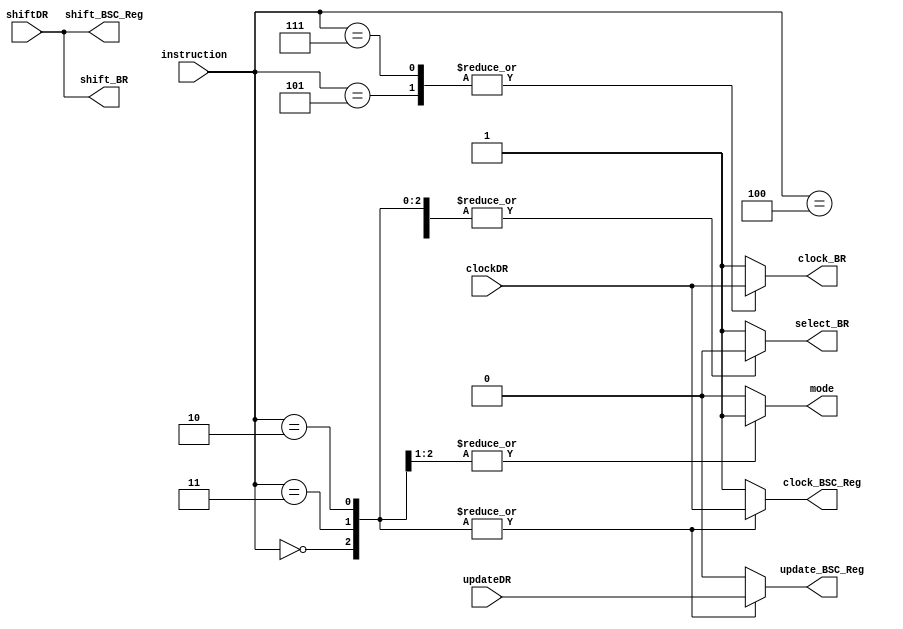
module Instruction_Decoder (mode, select_BR, shift_BR, clock_BR, shift_BSC_Reg, clock_BSC_Reg, update_BSC_Reg, instruction, shiftDR, clockDR, updateDR);
  parameter 	IR_size 			= 3;
  output					mode, select_BR, shift_BR, clock_BR;
  output					shift_BSC_Reg, clock_BSC_Reg, update_BSC_Reg;
  input					shiftDR, clockDR, updateDR;
  input		[IR_size -1: 0]		instruction;
  parameter	BYPASS		= 3'b111;	// Required by 1149.1a
  parameter	EXTEST			= 3'b000;	// Required by 1149.1a
  parameter	SAMPLE_PRELOAD	= 3'b010;
  parameter	INTEST			= 3'b011;
  parameter	RUNBIST		= 3'b100;
  parameter	IDCODE			= 3'b101;

  reg		mode, select_BR, clock_BR, clock_BSC_Reg, update_BSC_Reg;
 
  assign 	shift_BR = shiftDR;
  assign		shift_BSC_Reg = shiftDR;

  always @ (instruction or clockDR or updateDR) begin
    mode = 0; select_BR = 0;		// default is test-data register
    clock_BR = 1; clock_BSC_Reg = 1;
    update_BSC_Reg = 0;

    case (instruction)
      EXTEST:		begin mode = 1; clock_BSC_Reg = clockDR; update_BSC_Reg = updateDR; end	
      INTEST:		begin mode = 1; clock_BSC_Reg = clockDR; update_BSC_Reg = updateDR; end	
      SAMPLE_PRELOAD:	begin  clock_BSC_Reg = clockDR; update_BSC_Reg = updateDR; end
      RUNBIST:		begin  end		
      IDCODE:		begin select_BR = 1; clock_BR = clockDR;  end 
      BYPASS:		begin select_BR = 1; clock_BR = clockDR; end	 	// 1 selects bypass reg
      default:		begin select_BR = 1; end	 				// 1 selects bypass reg

    endcase	
  end	
endmodule